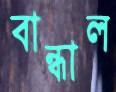
বান্ধাল